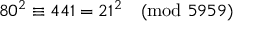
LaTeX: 8 0 ^ { 2 } \equiv 4 4 1 = 2 1 ^ { 2 } { \pmod { 5 9 5 9 } }